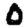
Digit: 0